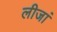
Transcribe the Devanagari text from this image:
लीजां